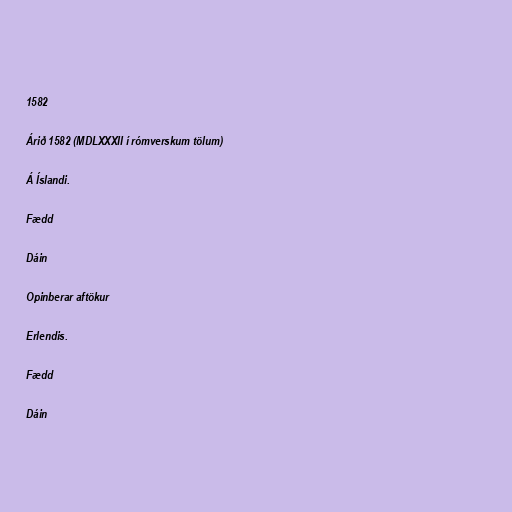
1582

Árið 1582 (MDLXXXII í rómverskum tölum)

Á Íslandi.

Fædd

Dáin

Opinberar aftökur

Erlendis.

Fædd

Dáin